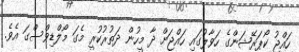
ހައްޖު ކޯޕަރޭޝަންގެ ހަވާލުގައި ހައްޖަށް ދާ މީހުން ދަތުރުކުރީ މެގަ މޯލްޑިވްސްގަ އެވެ.